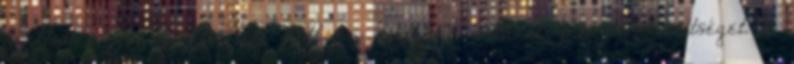
mellett azonnal értesíteni kell az illetékes határőrizeti kirendeltséget. 3.